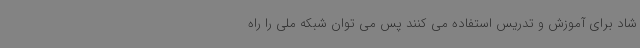
شاد برای آموزش و تدریس استفاده می کنند پس می توان شبکه ملی را راه